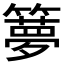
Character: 𥶃